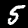
Digit: 5